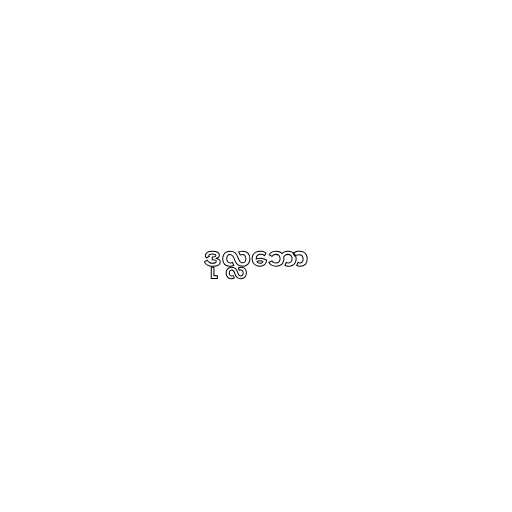
ဒုလ္လဘော